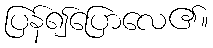
ပြန်၍ပြောလေ၏။